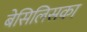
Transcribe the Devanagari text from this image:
बेसिलिसका